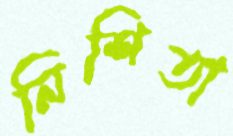
নিশিতা